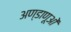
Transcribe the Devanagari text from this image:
अण्डाणूओं